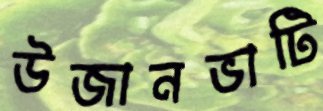
উজানভাটি